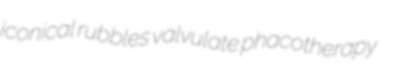
iconical rubbles valvulate phacotherapy